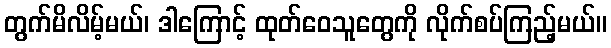
တွက်မိလိမ့်မယ်၊ ဒါကြောင့် ထုတ်ဝေသူတွေကို လိုက်စပ်ကြည့်မယ်။